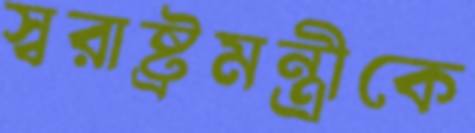
স্বরাষ্ট্রমন্ত্রীকে